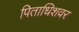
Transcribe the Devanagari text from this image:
पिताधिशवर